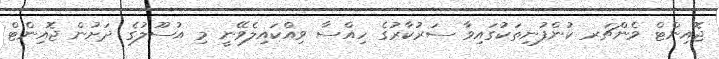
ޖޮއިންޓް ވެންޗަރ ކުންފުނިތަކުގައިވާ ސަރުކާރުގެ ހިއްސާ ވިއްކައިލެވޭނީ މި އުސޫލުގެ ދަށުން ޖޮއިންޓް